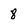
Character: 8